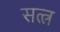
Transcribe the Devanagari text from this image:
सत्त्र